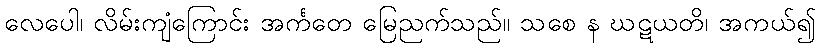
လေပေါ၊ လိမ်းကျံကြောင်း အင်္ကတေ မြေညက်သည်။ သစေ န ဃဋယတိ၊ အကယ်၍